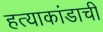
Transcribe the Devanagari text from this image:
हत्याकांडाची